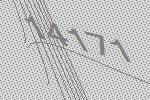
14171